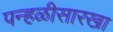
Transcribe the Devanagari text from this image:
पन्हळीसारखा